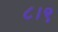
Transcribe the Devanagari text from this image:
८।९